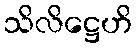
သိလိဋ္ဌေဟိ